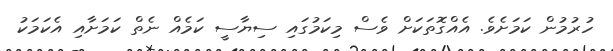
ހުރުމުން ކަމަށެވެ. އެއްގޮތަކަށް ވެސް މިކަމުގައި ސިޔާސީ ކަމެއް ނެތް ކަމަށާއި އެކަމަކު